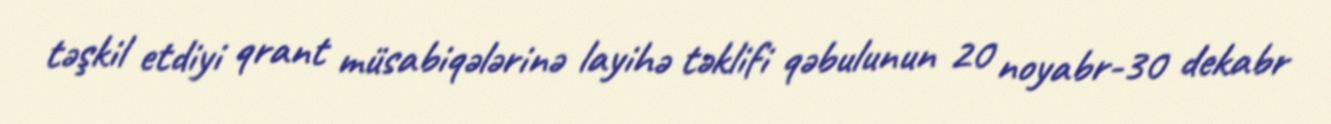
təşkil etdiyi qrant müsabiqələrinə layihə təklifi qəbulunun 20 noyabr-30 dekabr